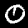
Label: 0